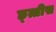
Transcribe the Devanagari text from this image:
छ्त्तीस